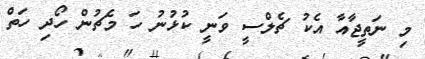
މި ނަތީޖާއާ އެކު ޗެލްސީ ވަނީ ކުޅުނު ހަ މެޗުން ހޯދި ހަތް